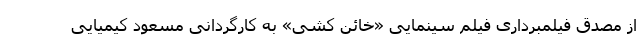
از مصدق فیلمبرداری فیلم سینمایی «خائن کشی» به کارگردانی مسعود کیمیایی